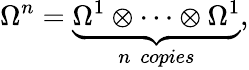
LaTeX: \Omega^{n}=\underbrace{\Omega^{1}\otimes\cdots\otimes\Omega^{1}}_{n\ \ copies},